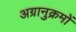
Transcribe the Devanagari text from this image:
अग्रानुक्रमों